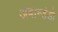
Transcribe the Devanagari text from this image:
अबान्डंडो